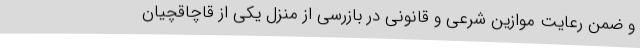
و ضمن رعایت موازین شرعی و قانونی در بازرسی از منزل یکی از قاچاقچیان